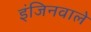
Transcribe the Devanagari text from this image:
इंजिनवाले